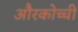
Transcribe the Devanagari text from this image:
औरकोच्ची